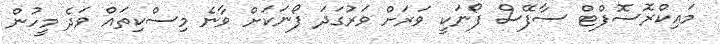
މައިކްރޮސޮފްޓް ސާފޭސް ފޯނަކީ ވަރަށް ވަރުގަދަ ފޯނަކަށް ވާނެ މިސްކިތައް ވަދެ މީހުން